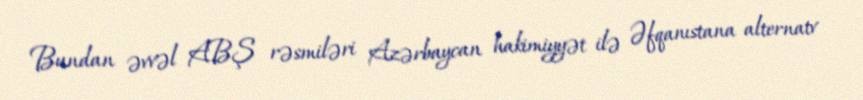
Bundan əvvəl ABŞ rəsmiləri Azərbaycan hakimiyyət ilə Əfqanıstana alternatv